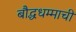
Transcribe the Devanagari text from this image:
बौद्धधम्माची